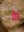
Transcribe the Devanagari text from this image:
रौड